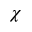
\chi